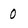
Character: 0